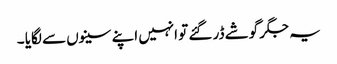
یہ جگر گوشے ڈر گئے تو انہیں اپنے سینوں سے لگایا ۔